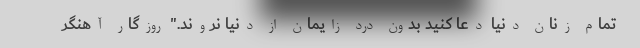
تمام زنان دنیا دعا کنید بدون درد زایمان از دنیا نروند." روزگار آهنگر